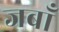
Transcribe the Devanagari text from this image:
जबाँ